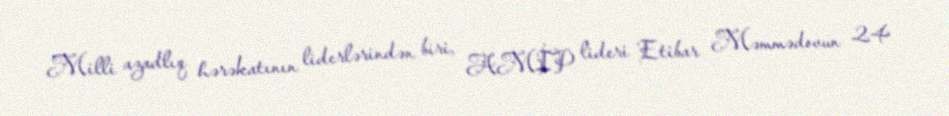
Milli azadlıq hərəkatının liderlərindən biri, AMİP lideri Etibar Məmmədovun 24